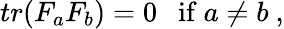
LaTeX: tr(F_{a}F_{b})=0\ \ \ \mathrm{if}\ a\not=b\ ,